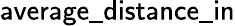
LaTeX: \mathsf{average\_ distance\_ in}